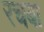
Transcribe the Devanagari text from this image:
रचबा